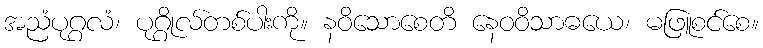
အညံပုဂ္ဂလံ၊ ပုဂ္ဂိုလ်တစ်ပါးကို။ နဝိသောစေတိ နေဝဝိသာဓယေ၊ မဖြူစင်စေ။